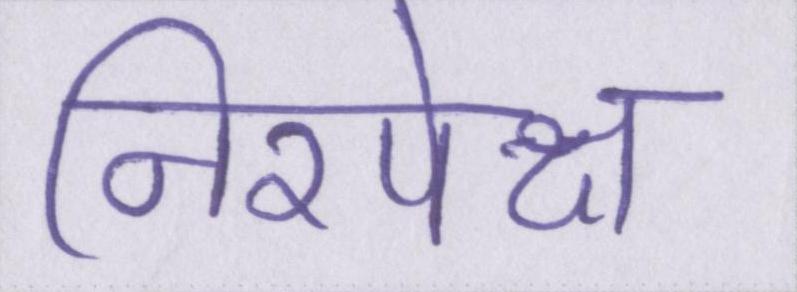
निरपेक्ष